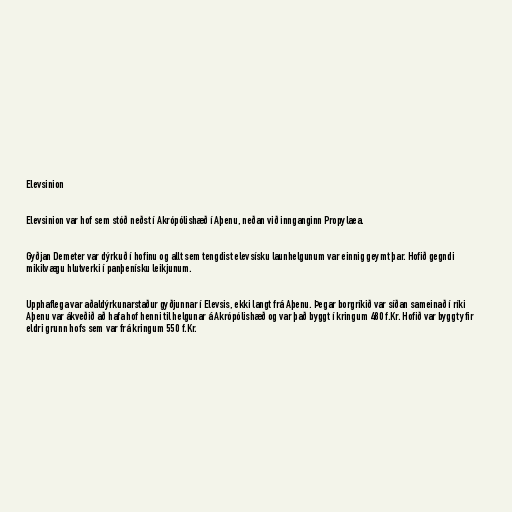
Elevsinion

Elevsinion var hof sem stóð neðst í Akrópólishæð í Aþenu, neðan við innganginn Propylaea.

Gyðjan Demeter var dýrkuð í hofinu og allt sem tengdist elevsísku launhelgunum var einnig geymt þar. Hofið gegndi
mikilvægu hlutverki í panþenísku leikjunum.

Upphaflega var aðaldýrkunarstaður gyðjunnar í Elevsis, ekki langt frá Aþenu. Þegar borgríkið var síðan sameinað í ríki
Aþenu var ákveðið að hafa hof henni til helgunar á Akrópólishæð og var það byggt í kringum 480 f.Kr. Hofið var byggt yfir
eldri grunn hofs sem var frá kringum 550 f.Kr.